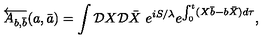
\overleftarrow { A _ { b , \bar { b } } } ( a , \bar { a } ) = \int { \cal D } X { \cal D } \bar { X } \ e ^ { i S / \lambda } e ^ { \int _ { 0 } ^ { t } ( X \bar { b } - b \bar { X } ) d \tau } ,